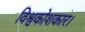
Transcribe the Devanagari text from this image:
विश्वकोशकार।